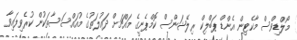
މޯލްޑިވްސް މާކެޓިން އެންޑް ޕަބްލިކް ރިލޭޝަންސް ކޮމްޕެނީގެ މައްޗަށް ދައުލަތުގެ މުއައްސަސާތަކުން ކުރެވިފައިވާ